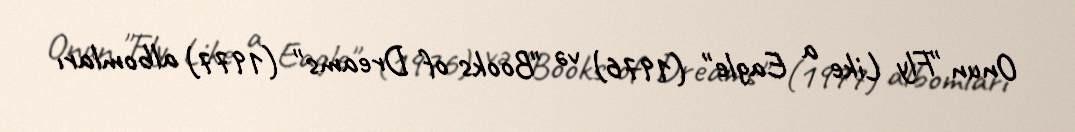
Onun "Fly Like a Eagle" (1976) və "Books of Dreams" (1977) albomları